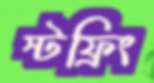
স্টফ্রিং